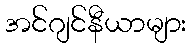
အင်ဂျင်နီယာများ